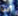
أين